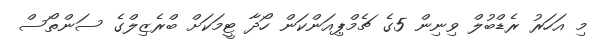
މި އަހަރު ރެޑްބުލް ވިނިން 5ގެ ޗެމްޕިއަންކަން ހޯދާ ޓީމަކަށް ބްރެޒިލްގެ ސަންތޯސް